Report of the Indian Hemp Drugs Commission, 1894-1895 - Volume VII
Year: 1894
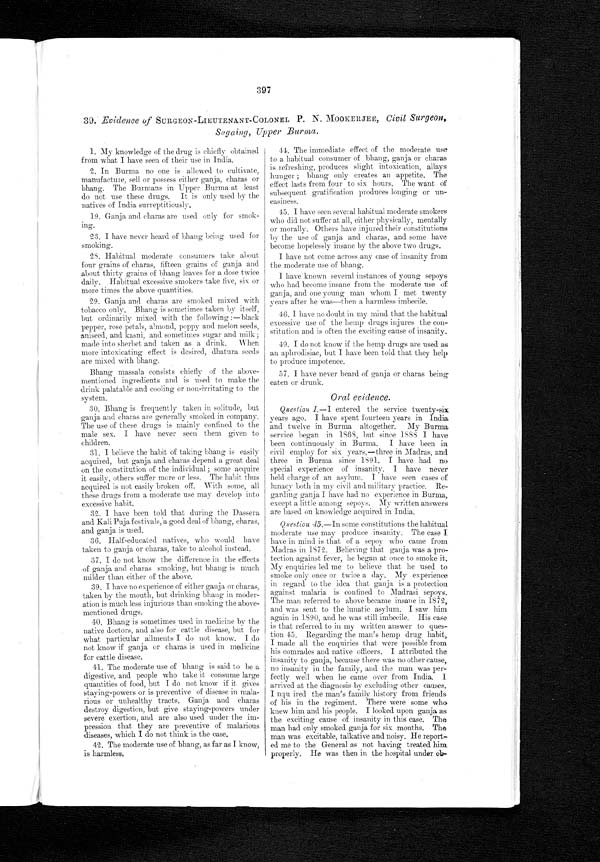
397
39. Evidence of SURGEON-LIEUTENANT-COLONEL P. N. MOOKERJEE, Civil Surgeon,
Sagaing, Upper Burma.
1. My knowledge of the drug is chiefly obtained
from what I have seen of their use in India.
2. In Burma no one is allowed to cultivate,
manufacture, sell or possess either ganja, charas or
bhang. The Burmans in Upper Burma at least
do not use these drugs. It is only used by the
natives of India surreptitiously.
19. Ganja and charas are used only for smok-
ing.
23. I have never heard of bhang being used for
smoking.
28. Habitual moderate consumers take about
four grains of charas, fifteen grains of ganja and
about thirty grains of bhang leaves for a dose twice
daily. Habitual excessive smokers take five, six or
more times the above quantities.
29. Ganja and charas are smoked mixed with
tobacco only. Bhang is sometimes taken by itself,
but ordinarily mixed with the following :—black
pepper, rose petals, almond, poppy and melon seeds,
aniseed, and kasni, and sometimes sugar and milk ;
made into sherbet and taken as a drink. When
more intoxicating effect is desired, dhatura seeds
are mixed with bhang.
Bhang massala consists chiefly of the above-
mentioned ingredients and is used to make the
drink palatable and cooling or non-irritating to the
system.
30. Bhang is frequently taken in solitude, but
ganja and charas are generally smoked in company.
The use of these drugs is mainly confined to the
male sex. I have never seen them given to
children.
31. I believe the habit of taking bhang is easily
acquired, but ganja and charas depend a great deal
on the constitution of the individual ; some acquire
it easily, others suffer more or less. The habit thus
acquired is not easily broken off. With some, all these drugs from a moderate
use may devel op i nt o excessi ve habi t .
32. I have been told that during the Dassera
and Kali Puja festivals, a good deal of bhang, charas,
and ganja is used.
36. Half-educated natives, who would have
taken to ganja or charas, take to alcohol instead.
37. I do not know the difference in the effects
of ganja and charas smoking, but bhang is much
milder than either of the above.
39. I have no experience of either ganja or charas,
taken by the mouth, but drinking bhang in moder-
ation is much less injurious than smoking the above-
mentioned drugs.
40. Bhang is sometimes used in medicine by the
native doctors, and also for cattle disease, but for
what particular ailments I do not know. I do
not know if ganja or charas is used in medicine
for cattle disease.
41. The moderate use of bhang is said to be a
digestive, and people who take it consume large
quantities of food, but I do not know if it gives
staying-powers or is preventive of disease in mala-
rious or unhealthy tracts. Ganja and charas
destroy digestion, but give staying-powers under
severe exertion, and are also used under the im-
pression that they are preventive of malarious
diseases, which I do not think is the case.
42. The moderate use of bhang, as far as I know,
is harmless.
44. The immediate effect of the moderate use
to a habitual consumer of bhang, ganja or charas
is refreshing, produces slight intoxication, allays
hunger ; bhang only creates an appetite. The
effect lasts from four to six hours. The want of
subsequent gratification produces longing or un-
easiness.
45. I have seen several habitual moderate smokers
who did not suffer at all, either physically, mentally
or morally. Others have injured their constitutions
by the use of ganja and charas, and some have
become hopelessly insane by the above two drugs.
I have not come across any case of insanity from
the moderate use of bhang.
I have known several instances of young sepoys
who had become insane from the moderate use of
ganja, and one young man whom I met twenty
years after he was—then a harmless imbecile.
46. I have no doubt in my mind that the habitual
excessive use of the hemp drugs injures the con-
stitution and is often the exciting cause of insanity.
49. I do not know if the hemp drugs are used as
an aphrodisiac, but I have been told that they help
to produce impotence.
57. I have never heard of ganja or charas being-
eaten or drunk.
Oral evidence.
Question 1 .—I entered the service twenty-six
years ago. I have spent fourteen years in India
and twelve in Burma altogether. My Burma
service began in 1868, but since 1888 I have
been continuously in Burma. I have been in
civil employ for six years,—three in Madras, and
three in Burma since 1891. I have had no
special experience of insanity. I have never
held charge of an asylum. I have seen cases of
lunacy both in my civil and military practice. Re-
gardi ng ganj a I have had no experi ence i n Burma,
except a little among sepoys. My written answers
are based on knowledge acquired in India.
Question 45.—In some constitutions the habitual
moderate use may produce insanity. The case I
have in mind is that of a sepoy who came from
Madras in 1872. Believing that ganja was a pro-
tection against fever, he began at once to smoke it.
My enquiries led me to believe that he used to
smoke only once or twice a day. My experience
in regard to the idea that ganja is a protection
against malaria is confined to Madrasi sepoys.
The man referred to above became insane in 1872,
and
w a s s e n t t o t h e l u n a t i c a s y l u m . I s a w h i m a g a i n i n 1 8 9 0 , a n d h e w a s s t i l l i m b e c i l e . H i s c a s e
is that referred to in my written answer to ques-
tion 45. Regarding the man's hemp drug habit,
I made all the enquiries that were possible from
his comrades and native officers. I attributed the
insanity to ganja, because there was no other cause,
no insanity in the family, and the man was per-
fectly well when he came over from India.
I a r r i v e d a t t h e d i a g n o s i s b y e x c l u d i n g o t h e r c a u s e s .
I nqu ired the man's family history from friends
of his in the regiment. There were some who
knew him and his people. I looked upon ganja as
the exciting cause of insanity in this case. The
man had only smoked ganja for six months. The
man was excitable, talkative and noisy. He report-
ed me to the General as not having treated him
properly. He was then in the hospital under ob-